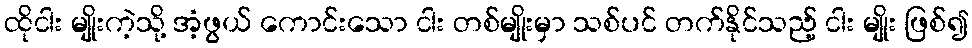
ထိုငါး မျိုးကဲ့သို့ အံ့ဖွယ် ကောင်းသော ငါး တစ်မျိုးမှာ သစ်ပင် တက်နိုင်သည့် ငါး မျိုး ဖြစ်၍